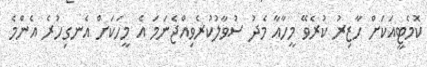
ކޮމެޓީއަކަށް ހާޒިރު ކުރެވޭ މީހާއާ މެދު ސުވާލުކުރެވިއްޖެނަމަ އެ މީހަކަށް އެނގިހުރެ އެންމެ